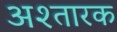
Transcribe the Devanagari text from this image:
अश्तारक